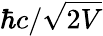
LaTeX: \hbar c/{\sqrt{2V}}